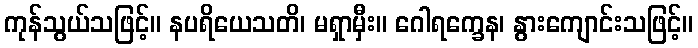
ကုန်သွယ်သဖြင့်။ နပရိယေသတိ၊ မရှာမှီး။ ဂေါရက္ခေန၊ နွားကျောင်းသဖြင့်။